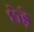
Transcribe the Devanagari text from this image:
छेडे़